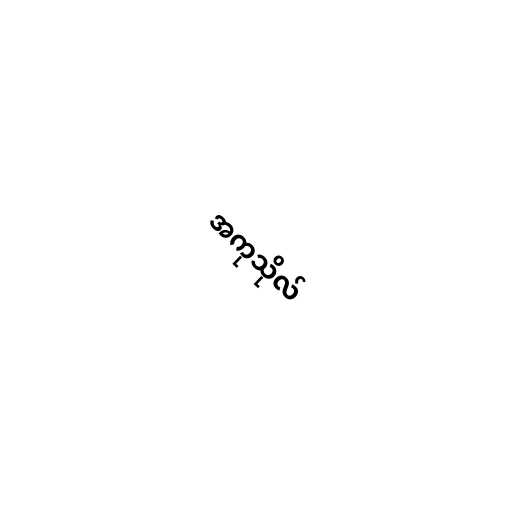
အကုသိုလ်